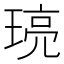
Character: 𤦻